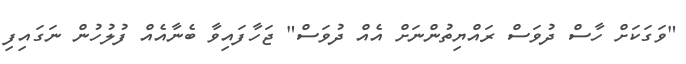
"ވަގަކަށް ހާސް ދުވަސް ރައްޔިތުންނަށް އެއް ދުވަސް" ޖަހާފައިވާ ބެނާއެއް ފުލުހުން ނަގައިފި